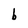
Character: b